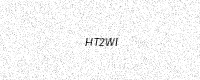
Text: HT2WI